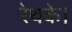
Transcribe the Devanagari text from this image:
रेथके।